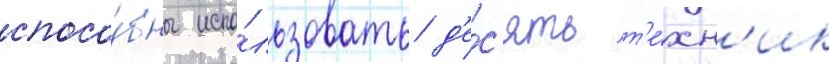
спосо́бны испо́льзовать д'е́с'ять т'е́хн'ик